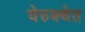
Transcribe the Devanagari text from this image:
वेरुक्थेत